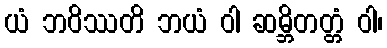
ယံ ဘဝိဿတိ ဘယံ ဝါ ဆမ္ဘိတတ္တံ ဝါ၊